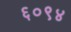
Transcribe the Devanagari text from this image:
६०९४